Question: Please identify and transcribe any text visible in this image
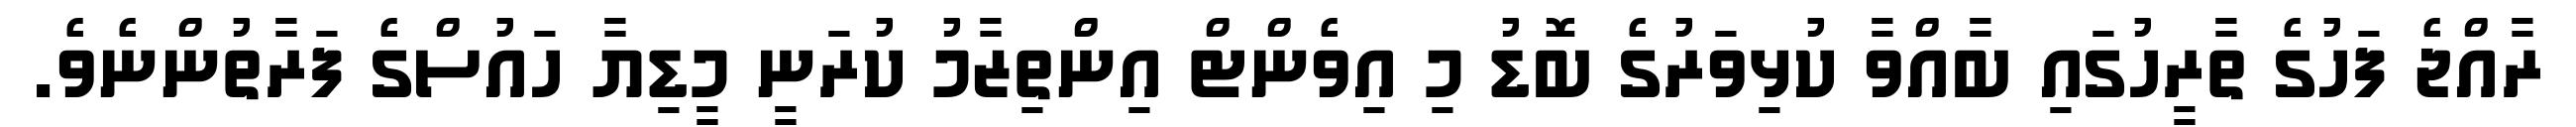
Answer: ރާއްޖެ ފަހުގެ ތާރީހުގައި ބާއްވާ ކުޅިވަރުގެ ބޮޑު މި އިވެންޓް އިންތިޒާމު ކުރަނީ މީޑިޔާ ހައުސްގެ ފަރާތުންނެވެ.